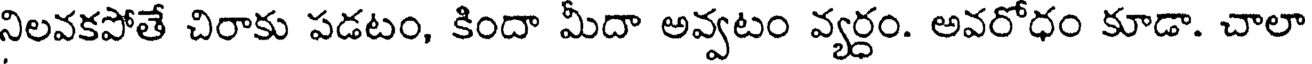
నిలవకపోతే చిరాకు పడటం, కిందా మీదా అవ్వటం వ్యర్ధం. అవరోధం కూడా. చాలా